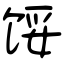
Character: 馁